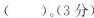
（ ）。（3分）